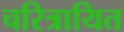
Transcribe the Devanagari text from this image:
चरित्रायित